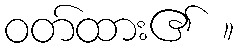
ဝတ်ထား၏ ။